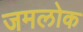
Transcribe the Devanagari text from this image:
जमलोक